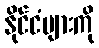
နိုင်ငံများကို